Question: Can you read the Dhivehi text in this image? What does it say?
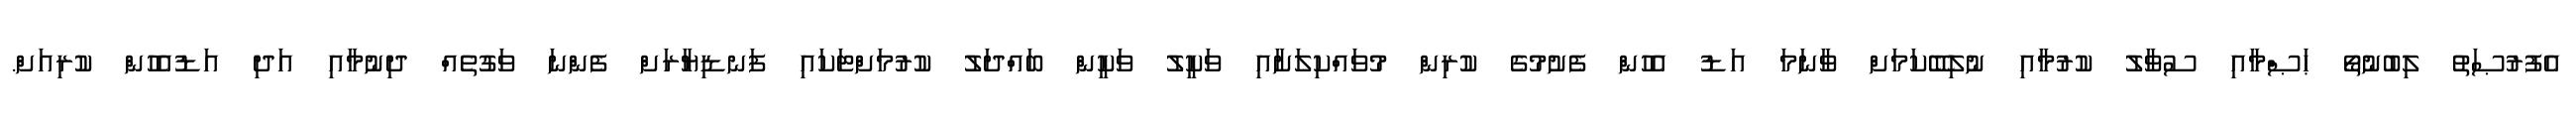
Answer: އެފުރުޞަތު ލިބުނުތޯ ޙަޞްމާއި ސުވާލު ކުރުމާއި ނުލިބޭކަމަށް ވާނަމަ އަޑު އެހުން ފެށުމުގެ ކުރިން މުވައްކިލަށާއި ވަކީލު ވަކީން ބައްދަލު ކުރުމަށްޓަކައި ފަނޑިޔާރަށް ފެންނަ ވަގުތެއް ދިނުމާއި އަދި އަޑުއެހުން ކުރިއަށް.